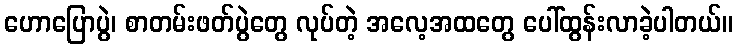
ဟောပြောပွဲ၊ စာတမ်းဖတ်ပွဲတွေ လုပ်တဲ့ အလေ့အထတွေ ပေါ်ထွန်းလာခဲ့ပါတယ်။